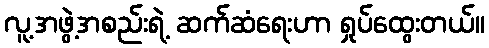
လူ့အဖွဲ့အစည်းရဲ့ ဆက်ဆံရေးဟာ ရှုပ်ထွေးတယ်။